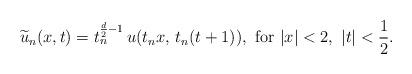
LaTeX: \begin{align*}\widetilde{u}_n(x,t)=t_n^{\frac{d}{2}-1}\,u(t_nx,\,t_n(t+1)),\,\,{\rm for}\,\,|x|<2,\,\,|t|<\frac{1}{2}.\end{align*}